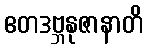
ဧတဒဗ္ဘနုဇာနာတိ